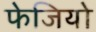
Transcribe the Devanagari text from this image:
फेजियो